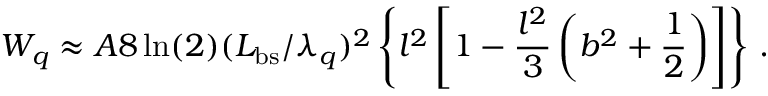
W _ { q } \approx A 8 \ln ( 2 ) ( L _ { \mathrm { b s } } / \lambda _ { q } ) ^ { 2 } \left\{ l ^ { 2 } \left[ 1 - \frac { l ^ { 2 } } { 3 } \left( b ^ { 2 } + \frac { 1 } { 2 } \right) \right] \right\} \, .